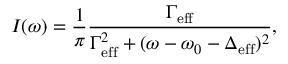
I ( \omega ) = \frac { 1 } { \pi } \frac { \Gamma _ { \mathrm { e f f } } } { \Gamma _ { \mathrm { e f f } } ^ { 2 } + ( \omega - \omega _ { 0 } - \Delta _ { \mathrm { e f f } } ) ^ { 2 } } ,